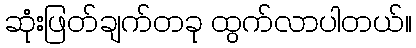
ဆုံးဖြတ်ချက်တခု ထွက်လာပါတယ်။